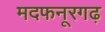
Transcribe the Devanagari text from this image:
मदफनूरगढ़